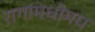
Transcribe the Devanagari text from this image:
रागांमधोमध